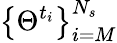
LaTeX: \left\{ \Theta^{t_{i}}\right\} _{i=M}^{N_{s}}